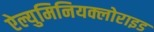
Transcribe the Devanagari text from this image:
ऐल्युमिनियक्लोराइड